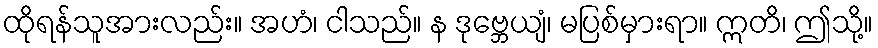
ထိုရန်သူအားလည်း။ အဟံ၊ ငါသည်။ န ဒုဗ္ဘေယျံ၊ မပြစ်မှားရာ။ ဣတိ၊ ဤသို့။